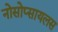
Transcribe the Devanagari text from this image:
नोसोप्सायलस